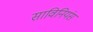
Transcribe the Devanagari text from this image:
साविनियंस